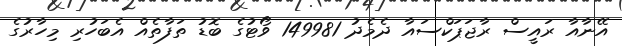
އޭނާއާ ރައީސް ރާޖަޕަކްސައާ ދެމެދު 149981 ވޯޓުގެ ބޮޑު ތަފާތެއް އެބަހުރި މިހާރުގެ